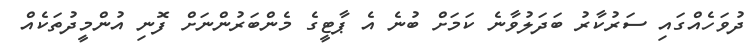
ދުވަހެއްގައި ސަރުކާރު ބަދަލުވާނެ ކަމަށް ބުނެ އެ ޕާޓީގެ މެންބަރުންނަށް ފޮނި އުންމީދުތަކެއް